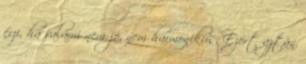
érzi, ha valami nem jó, nem harmonikus. Ezért aztán